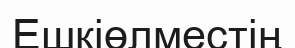
Ешкіөлместің